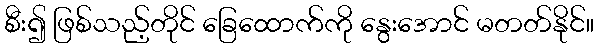
စီး၍ ဖြစ်သည့်တိုင် ခြေထောက်ကို နွေးအောင် မတတ်နိုင်။